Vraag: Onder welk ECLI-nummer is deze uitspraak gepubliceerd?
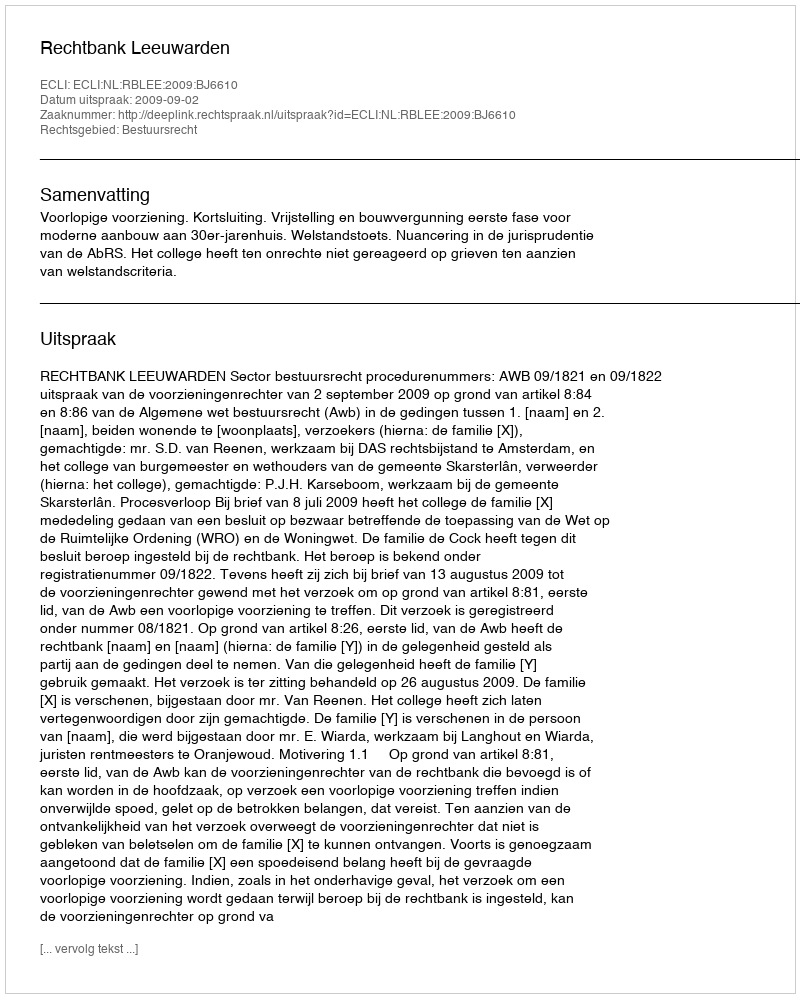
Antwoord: ECLI:NL:RBLEE:2009:BJ6610